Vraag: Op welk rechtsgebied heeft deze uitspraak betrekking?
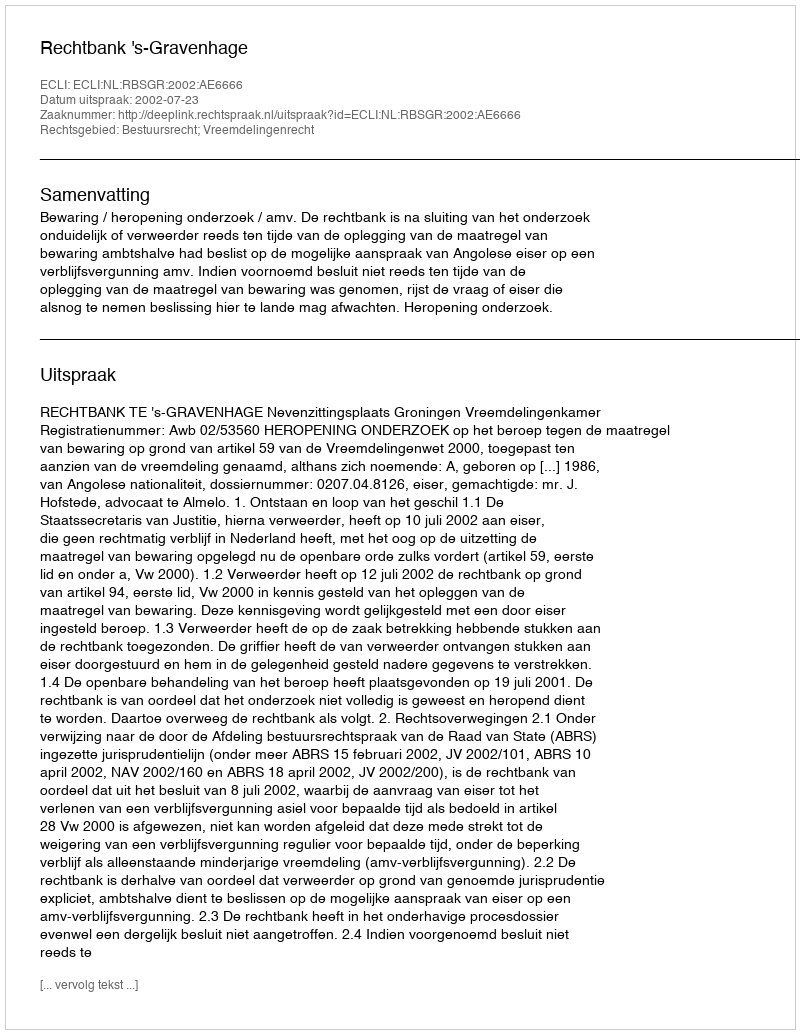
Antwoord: Bestuursrecht; Vreemdelingenrecht